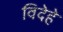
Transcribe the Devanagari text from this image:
विदेहे